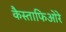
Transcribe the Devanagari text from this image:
कैस्ताफिओरे